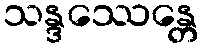
သန္ဒဿေန္တေ